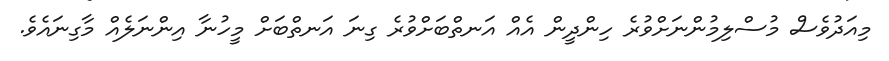
މިއަދުވެސް މުސްލިމުންނަށްވުރެ ހިންދީން އެއް އަނތްބަށްވުރެ ގިނަ އަނތްބަށް މީހުނާ އިންނަލެއް މާގިނައެވެ.